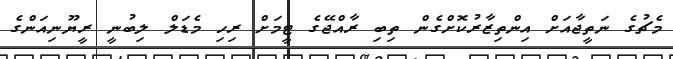
މެޗުގެ ނަތީޖާއަށް އިންތިޒާރުކޮށްގެން ތިބި ރާއްޖޭގެ ޓީމަށް ރިހި މެޑަލް ލިބުނީ ރީޔޫނިއަންގެ